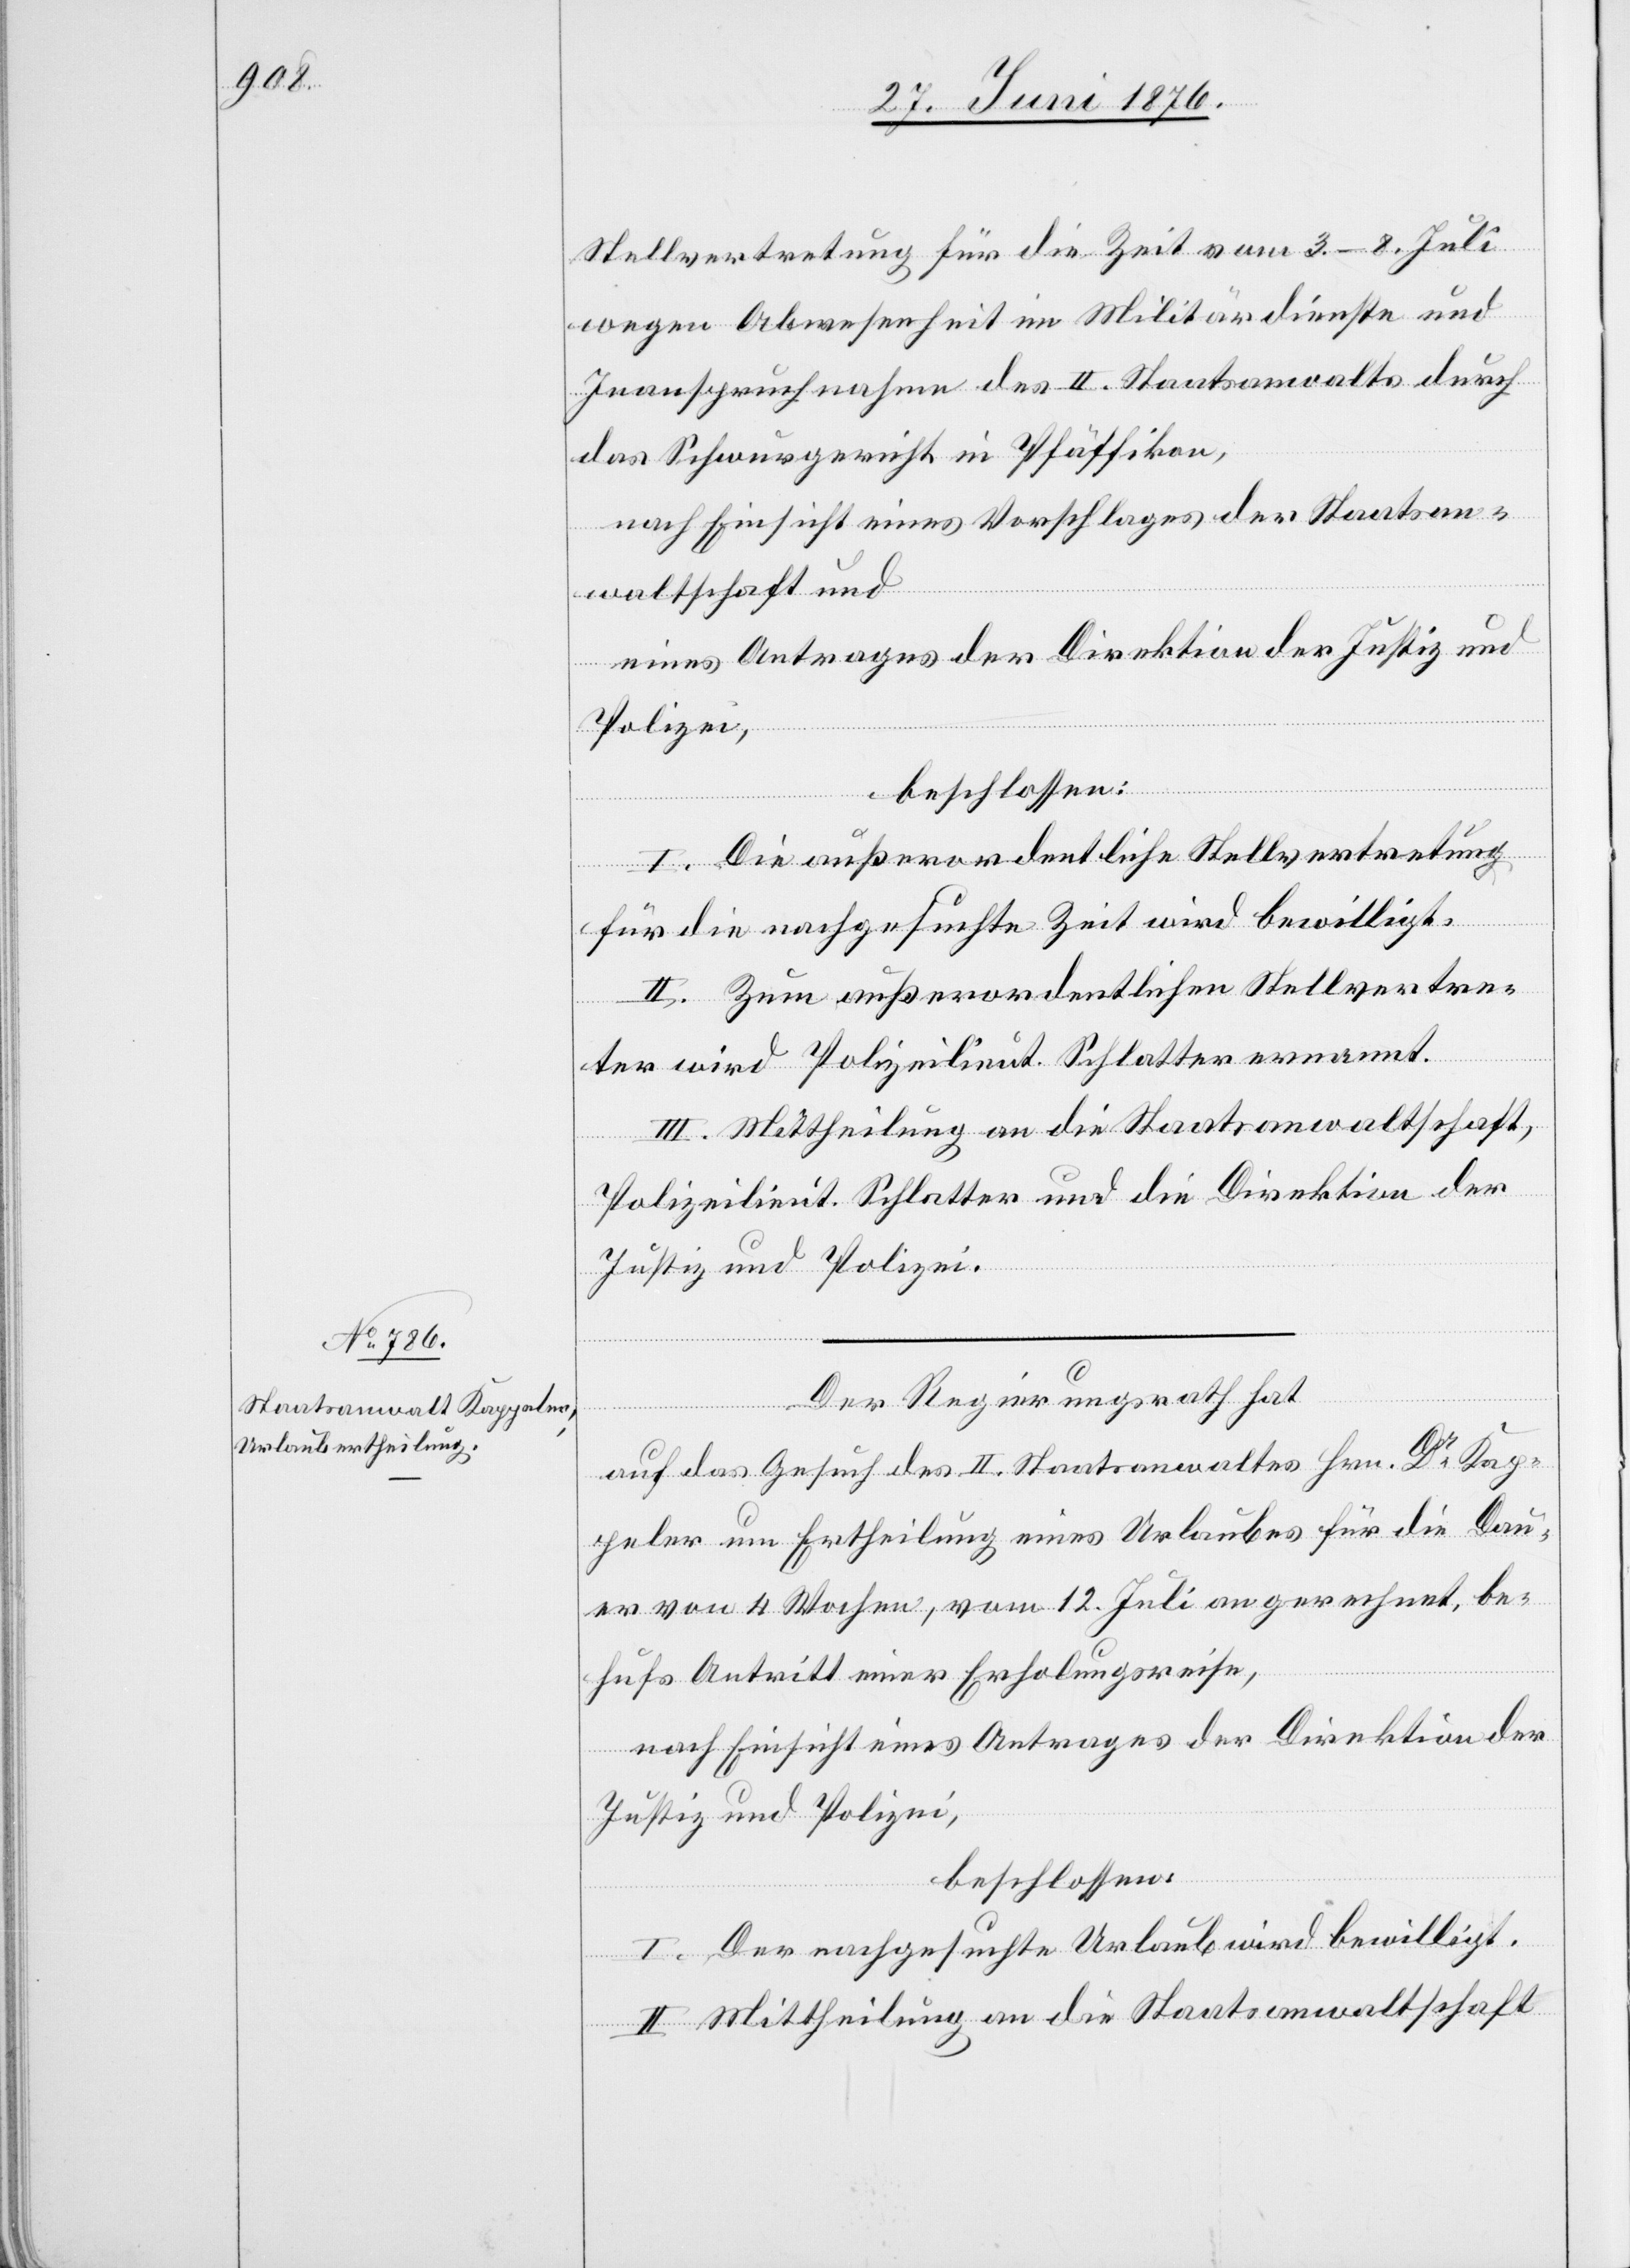
Stellvertretung für die Zeit vom 3.–8. Juli
wegen Abwesenheit im Militärdienste und
Inanspruchnahme des II. Staatsanwalts durch
das Schwurgericht Pfäffikon,
nach Einsicht eines Vorschlages der Staatsan¬
waltschaft und
eines Antrages der Direktion der Justiz und
Polizei,
beschlossen:
I. Die außerordentliche Stellvertretung
für die nachgesuchte Zeit wird bewilligt.
II. Zum außerordentlichen Stellvertre¬
ter wird Polizeilieut. Schlatter ernannt.
III. Mittheilung an die Staatsanwaltschaft,
Polizeilieut. Schlatter und die Direktion der
Justiz und Polizei.
Der Regierungsrath hat
auf das Gesuch des II. Staatsanwaltes Hrn. Dr Kap¬
peler um Ertheilung eines Urlaubes für die Dau¬
er von 4 Wochen vom 12. Juli an gerechnet, be¬
hufs Antritt einer Erholungsreise,
nach Einsicht eines Antrages der Direktion der
Justiz und Polizei,
beschlossen:
I. Der nachgesuchte Urlaub wird bewilligt.
II. Mittheilung an die Staatsanwaltschaft